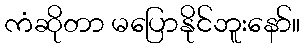
ကံဆိုတာ မပြောနိုင်ဘူးနော်။